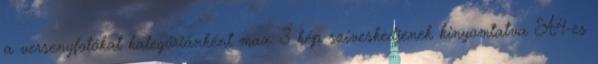
a versenyfotókat kategóriánként max. 3 kép szíveskedjenek kinyomtatva A4-es